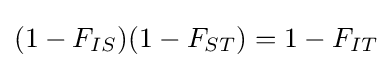
(1-F_{IS})(1-F_{ST})=1-F_{IT}